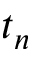
t _ { n }